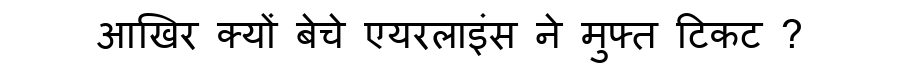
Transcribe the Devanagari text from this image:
आखिर क्यों बेचे एयरलाइंस ने मुफ्त टिकट ?